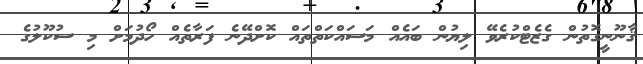
ޤާނޫނީގޮތުން ގެޒެޓްކުރެވޭ ލިޔުން ބައެއް މަސައްކަތްތައް ކޮށްދޭނެ ފަރާތެއް ހޯދުމަށް މި ސުކޫލުގެ